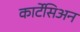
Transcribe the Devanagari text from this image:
कार्टेसिअन